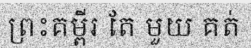
ព្រះគម្ពីរ តែ មួយ គត់